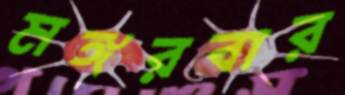
মঙ্গরবার